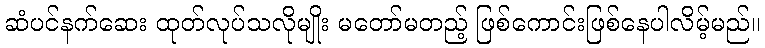
ဆံပင်နက်ဆေး ထုတ်လုပ်သလိုမျိုး မတော်မတည့် ဖြစ်ကောင်းဖြစ်နေပါလိမ့်မည်။